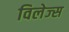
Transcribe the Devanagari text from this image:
विलेज्स